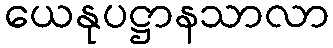
ယေနုပဋ္ဌာနသာလာ